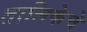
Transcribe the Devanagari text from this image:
तालिकेचे